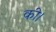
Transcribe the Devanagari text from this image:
की।